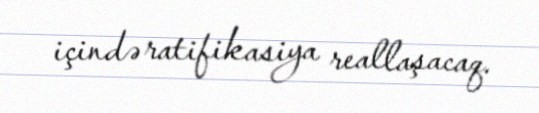
içində ratifikasiya reallaşacaq.